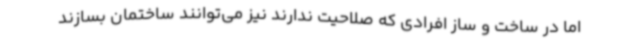
اما در ساخت و ساز افرادی که صلاحیت ندارند نیز می‌توانند ساختمان بسازند